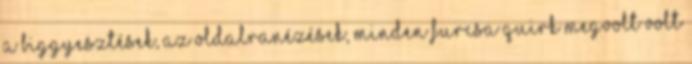
a biggyesztések, az oldalranézések, minden furcsa quirk megvolt volt